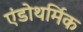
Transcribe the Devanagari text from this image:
एंडोथर्मिक